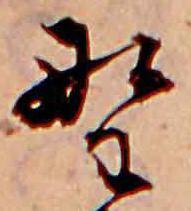
野